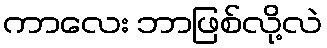
ကာလေး ဘာဖြစ်လို့လဲ